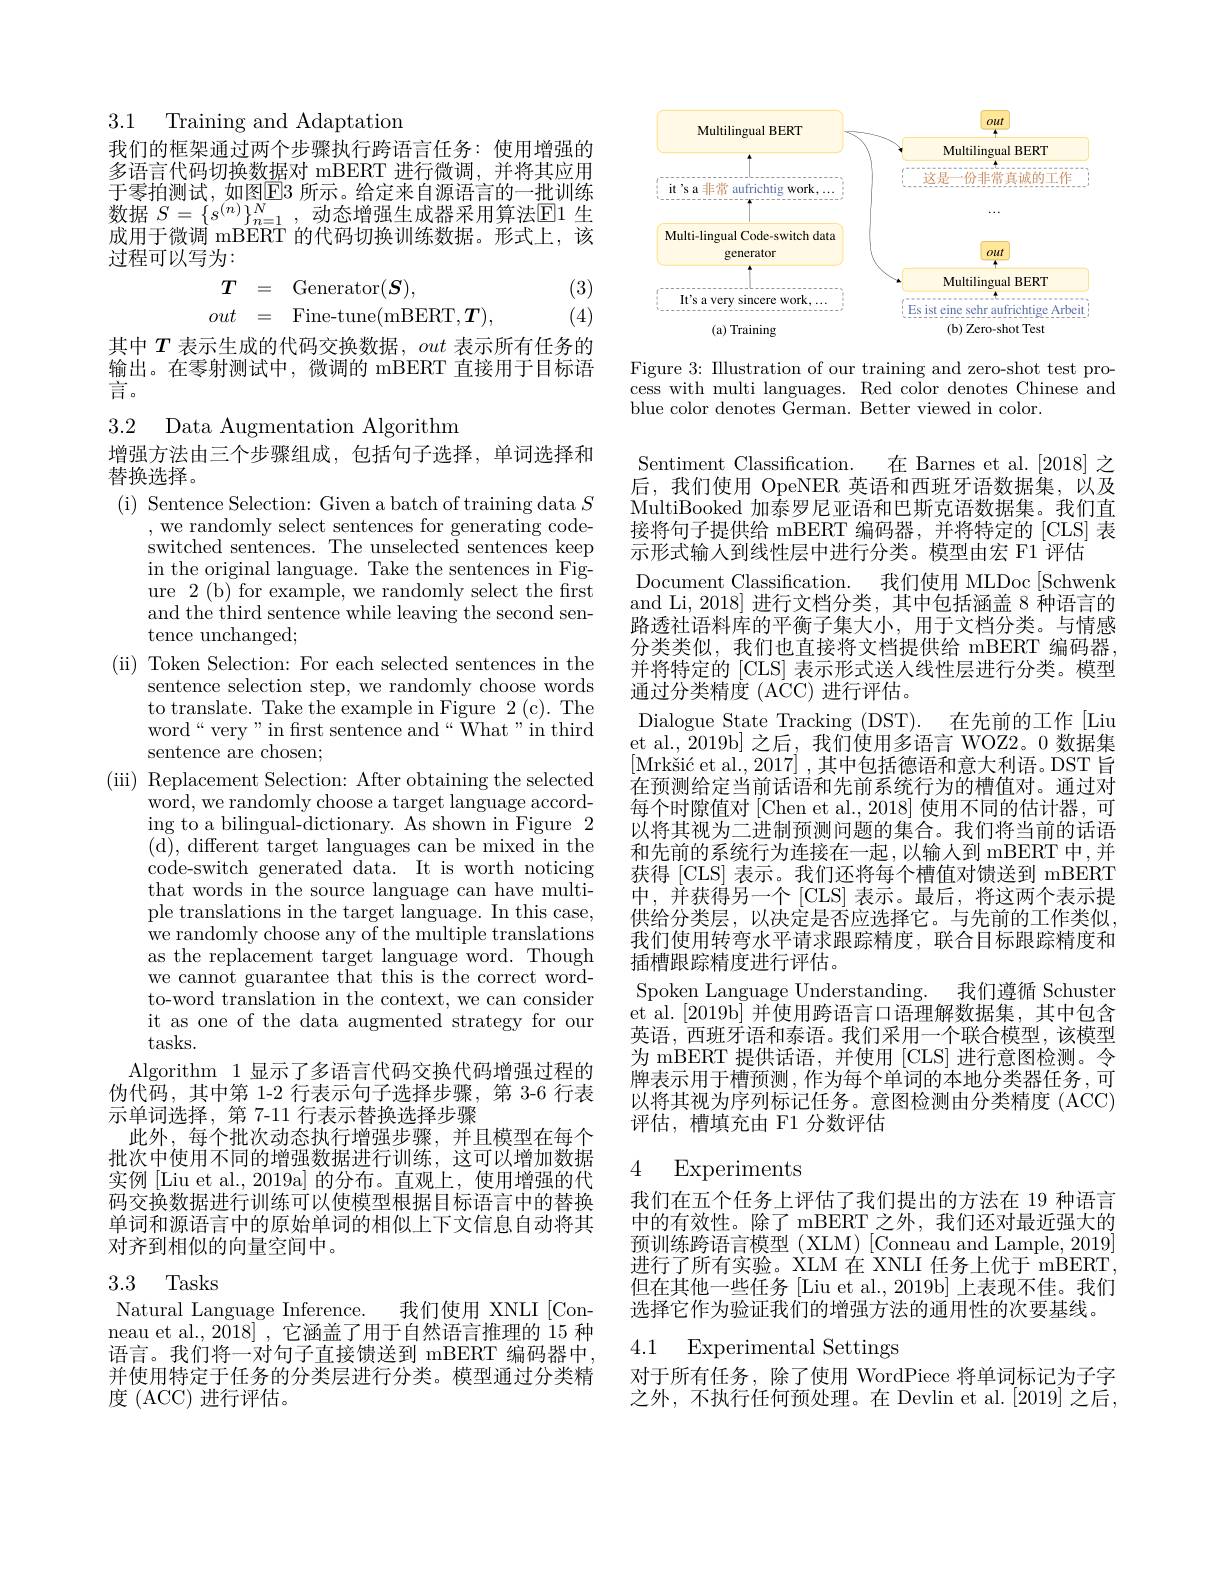
3.1 Training and Adaptation

我们的框架通过两个步骤执行跨语言任务：使用增强的多语言代码切换数据对 mBERT 进行微调，并将其应用于零拍测试，如图E3 所示。给定来自源语言的一批训练数据 $S=\{s^{(n)}\}_{n=1}^N$, 动态增强生成器采用算法$\mathbb{E}$1 生成用于微调 mBERT 的代码切换训练数据。形式上，该过程可以写为：
$$\begin{array}{rcl}T&=&\mathrm{Generator}(S),\\out&=&\mathrm{Fine-tune}(\mathrm{mBERT},T),\end{array}$$
(3) (4)

其中$T$表示生成的代码交换数据，out表示所有任务的输出。在零射测试中，微调的 mBERT 直接用于目标语言。

3.2 Data Augmentation Algorithm

增强方法由三个步骤组成，包括句子选择，单词选择和
替换选择。

( i) Sentence Selection: Given a batch of training data $S$
,we randomly select sentences for generating codeswitched sentences. The unselected sentences keep in the original language. Take the sentences in Figure 2(b) for example, we randomly select the first and the third sentence while leaving the second sentence unchanged;
(ii) Token Selection: For each selected sentences in the
sentence selection step, we randomly choose words to translate. Take the example in Figure 2(c). The word“very”in frst sentence and“What"in third sentence are chosen;
(iii) Replacement Selection: After obtaining the selected
word, we randomly choose a target language according to a bilingual-dictionary. As shown in Figure 2 $(\bar{\mathrm{d}})$, different target languages can be mixed in the code-switch generated data. It is worth noticing that words in the source language can have multiple translations in the target language. In this case, we randomly choose any of the multiple translations as the replacement target language word. Though we cannot guarantee that this is the correct wordto-word translation in the context, we can consider it as one of the data augmented strategy for our tasks.
Algorithm 1 显示了多语言代码交换代码增强过程的伪代码，其中第 1-2 行表示句子选择步骤，第 3-6 行表示单词选择，第 7-11 行表示替换选择步骤
此外，每个批次动态执行增强步骤，并且模型在每个批次中使用不同的增强数据进行训练，这可以增加数据实例 [Liu et al.,2019a] 的分布。直观上，使用增强的代码交换数据进行训练可以使模型根据目标语言中的替换单词和源语言中的原始单词的相似上下文信息自动将其对齐到相似的向量空间中。

## 3.3 Tasks

我们使用 XNLI[Con-
Natural Language Inference.
neau et al., 2018] , 它涵盖了用于自然语言推理的 15 种语言。我们将一对句子直接馈送到 mBERT 编码器中， 并使用特定于任务的分类层进行分类。模型通过分类精度 (ACC) 进行评估。

<FigureHere>

Figure 3: Illustration of our training and zero-shot test process with multi languages. Red color denotes Chinese and blue color denotes German. Better viewed in color.

Sentiment Classification.
在 Barnes et al. [2018]之
后，我们使用 OpeNER 英语和西班牙语数据集，以及$\bar{\text{MultiBooked 加泰罗尼亚语和巴斯克语数据集。我们直}}$ 接将句子提供给 mBERT 编码器，并将特定的[CLS]表示形式输人到线性层中进行分类。模型由宏 F1 评估
Document Classification.
我们使用 MLDoc [Schwenk
and Li, 2018] 进行文档分类，其中包括涵盖 8 种语言的路透社语料库的平衡子集大小，用于文档分类。与情感分类类似，我们也直接将文档提供给 mBERT 编码器， 并将特定的 [CLS] 表示形式送人线性层进行分类。模型通过分类精度 (ACC) 进行评估。
Dialogue State Tracking (DST). 在先前的工作 [Liu $\underline{{\mathrm{et~al.}}}$2019b]之后，我们使用多语言 WOZ2。0 数据集[Mrkšić et al., 2017] ,其中包括德语和意大利语。DST 旨在预测给定当前话语和先前系统行为的槽值对。通过对每个时隙值对[Chen et al., 2018] 使用不同的估计器，可以将其视为二进制预测问题的集合。我们将当前的话语和先前的系统行为连接在一起，以输人到 mBERT 中，并获得 [CLS] 表示。我们还将每个槽值对馈送到 mBERT 中，并获得另一个[CLS]表示。最后，将这两个表示提供给分类层，以决定是否应选择它。与先前的工作类似， 我们使用转弯水平请求跟踪精度，联合目标跟踪精度和插槽跟踪精度进行评估。
Spoken Language Understanding.
我们遵循 Schuster
et al.[2019b] 并使用跨语言口语理解数据集，其中包含英语，西班牙语和泰语。我们采用一个联合模型，该模型为 mBERT 提供话语，并使用 [CLS] 进行意图检测。令牌表示用于槽预测，作为每个单词的本地分类器任务，可以将其视为序列标记任务。意图检测由分类精度(ACC) 评估，槽填充由 F1 分数评估

### 4 Experiments

我们在五个任务上评估了我们提出的方法在 19 种语言中的有效性。除了 mBERT 之外，我们还对最近强大的预训练跨语言模型 (XLM) [Conneau and Lample, 2019] 进行了所有实验。XLM 在 XNLI 任务上优于 mBERT, 但在其他一些任务 [Liu et al., 2019b] 上表现不佳。我们选择它作为验证我们的增强方法的通用性的次要基线。

4.1 Experimental Settings

对于所有任务，除了使用 WordPiece 将单词标记为子字之外，不执行任何预处理。在 Devlin et al.[2019] 之后，